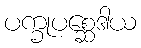
ပက္ခုပစ္ဆေဒါယ